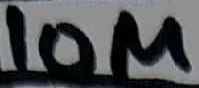
Text: 10M